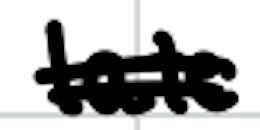
Text: late
Cross-out: double-line
Writing tool: digital_black